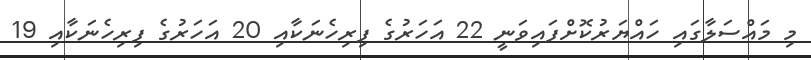
މި މައްސަލާގައި ހައްޔަރުކޮށްފައިވަނީ 22 އަހަރުގެ ފިރިހެނަކާއި 20 އަހަރުގެ ފިރިހެނަކާއި 19